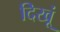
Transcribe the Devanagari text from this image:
दिखूं